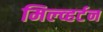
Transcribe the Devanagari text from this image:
मिल्व्हर्टन